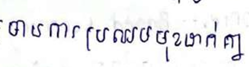
មានការប្រឈមមុខដាក់គ្នា